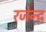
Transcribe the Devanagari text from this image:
रजेन्द्र